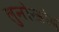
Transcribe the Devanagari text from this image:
लुनोखोद